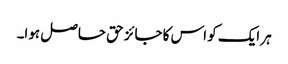
ہر ایک کو اس کا جائز حق حاصل ہوا۔